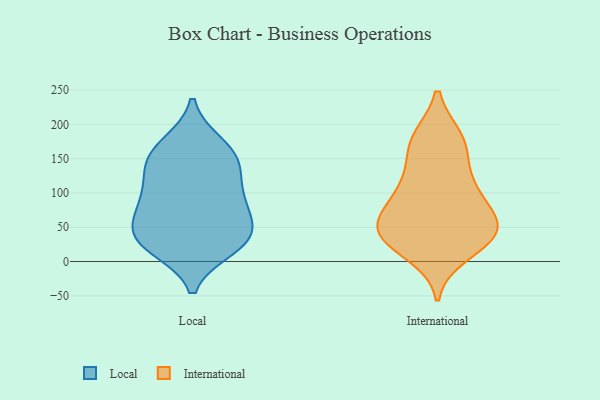
{"axis": {"x": "Inventory Turnover", "y": "Value"}, "legend": ["International", "Local"], "data": [{"x": "", "y": 142, "type": "Local"}, {"x": "", "y": 171, "type": "Local"}, {"x": "", "y": 81, "type": "Local"}, {"x": "", "y": 145, "type": "Local"}, {"x": "", "y": 20, "type": "Local"}, {"x": "", "y": 166, "type": "Local"}, {"x": "", "y": 137, "type": "Local"}, {"x": "", "y": 34, "type": "Local"}, {"x": "", "y": 104, "type": "Local"}, {"x": "", "y": 53, "type": "Local"}, {"x": "", "y": 39, "type": "Local"}, {"x": "", "y": 80, "type": "Local"}, {"x": "", "y": 90, "type": "Local"}, {"x": "", "y": 28, "type": "Local"}, {"x": "", "y": 29, "type": "Local"}, {"x": "", "y": 29, "type": "International"}, {"x": "", "y": 44, "type": "International"}, {"x": "", "y": 179, "type": "International"}, {"x": "", "y": 45, "type": "International"}, {"x": "", "y": 47, "type": "International"}, {"x": "", "y": 33, "type": "International"}, {"x": "", "y": 12, "type": "International"}, {"x": "", "y": 179, "type": "International"}, {"x": "", "y": 54, "type": "International"}, {"x": "", "y": 96, "type": "International"}, {"x": "", "y": 112, "type": "International"}, {"x": "", "y": 78, "type": "International"}, {"x": "", "y": 142, "type": "International"}, {"x": "", "y": 52, "type": "International"}, {"x": "", "y": 173, "type": "International"}, {"x": "", "y": 102, "type": "International"}]}